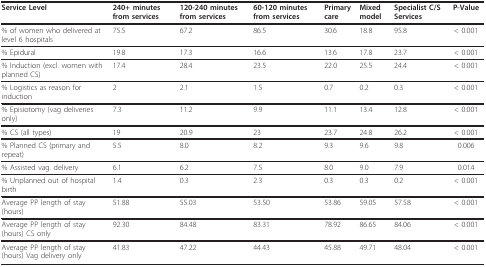
<table><thead><tr><td><b>Service Level</b></td><td><b>240+ minutes from services</b></td><td><b>120-240 minutes from services</b></td><td><b>60-120 minutes from services</b></td><td><b>Primary care</b></td><td><b>Mixed model</b></td><td><b>Specialist C/S Services</b></td><td><b>P-Value</b></td></tr></thead><tbody><tr><td>% of women who delivered at level 6 hospitals</td><td>75.5</td><td>67.2</td><td>86.5</td><td>30.6</td><td>18.8</td><td>95.8</td><td>&lt; 0.001</td></tr><tr><td>% Epidural</td><td>19.8</td><td>17.3</td><td>16.6</td><td>13.6</td><td>17.8</td><td>23.7</td><td>&lt; 0.001</td></tr><tr><td>% Induction (excl. women with planned CS)</td><td>17.4</td><td>28.4</td><td>23.5</td><td>22.0</td><td>25.5</td><td>24.4</td><td>&lt; 0.001</td></tr><tr><td>% Logistics as reason for induction</td><td>2</td><td>2.1</td><td>1.5</td><td>0.7</td><td>0.2</td><td>0.3</td><td>&lt; 0.001</td></tr><tr><td>% Episiotomy (vag deliveries only)</td><td>7.3</td><td>11.2</td><td>9.9</td><td>11.1</td><td>13.4</td><td>12.8</td><td>&lt; 0.001</td></tr><tr><td>% CS (all types)</td><td>19</td><td>20.9</td><td>23</td><td>23.7</td><td>24.8</td><td>26.2</td><td>&lt; 0.001</td></tr><tr><td>% Planned CS (primary and repeat)</td><td>5.5</td><td>8.0</td><td>8.2</td><td>9.3</td><td>9.6</td><td>9.8</td><td>0.006</td></tr><tr><td>% Assisted vag. delivery</td><td>6.1</td><td>6.2</td><td>7.5</td><td>8.0</td><td>9.0</td><td>7.9</td><td>0.014</td></tr><tr><td>% Unplanned out of hospital birth</td><td>1.4</td><td>0.3</td><td>2.3</td><td>0.3</td><td>0.3</td><td>0.2</td><td>&lt; 0.001</td></tr><tr><td>Average PP length of stay (hours)</td><td>51.88</td><td>55.03</td><td>53.50</td><td>53.86</td><td>59.05</td><td>57.58</td><td>&lt; 0.001</td></tr><tr><td>Average PP length of stay (hours) CS only</td><td>92.30</td><td>84.48</td><td>83.31</td><td>78.92</td><td>86.65</td><td>84.06</td><td>&lt; 0.001</td></tr><tr><td>Average PP length of stay (hours) Vag delivery only</td><td>41.83</td><td>47.22</td><td>44.43</td><td>45.88</td><td>49.71</td><td>48.04</td><td>&lt; 0.001</td></tr></tbody></table>